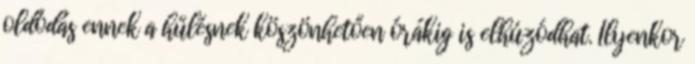
oldódás ennek a hűlésnek köszönhetően órákig is elhúzódhat. Ilyenkor